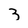
Character: 3